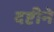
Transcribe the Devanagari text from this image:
दष्टीने